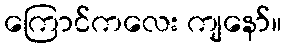
ကြောင်ကလေး ကျနော်။